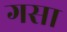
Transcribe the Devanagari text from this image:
गसा